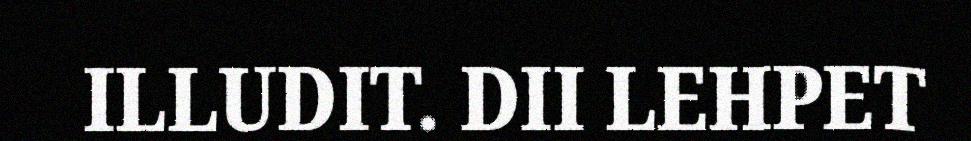
ILLUDIT. DII LEHPET